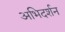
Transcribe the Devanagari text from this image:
अभिदर्शन